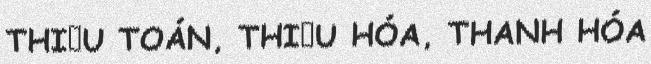
THIỆU TOÁN, THIỆU HÓA, THANH HÓA